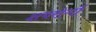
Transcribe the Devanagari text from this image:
क्षयरोगों